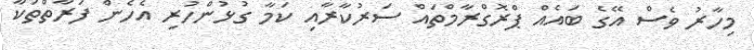
މިހާރު ވެސް އޭގެ ބައެއް ޕްރޮގްރާމްތައް ސަރުކާރާއި ކަމާ ގުޅުންހުރި އެހެން ފަރާތްތަކާ